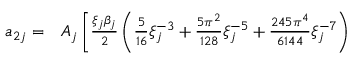
\begin{array} { r l } { a _ { 2 j } = } & { { } A _ { j } \left[ \frac { \xi _ { j } \beta _ { j } } { 2 } \left( \frac { 5 } { 1 6 } \xi _ { j } ^ { - 3 } + \frac { 5 \pi ^ { 2 } } { 1 2 8 } \xi _ { j } ^ { - 5 } + \frac { 2 4 5 \pi ^ { 4 } } { 6 1 4 4 } \xi _ { j } ^ { - 7 } \right) \right. } \end{array}